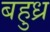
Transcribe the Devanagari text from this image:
बहुध्र